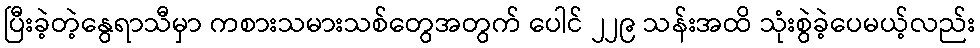
ပြီးခဲ့တဲ့နွေရာသီမှာ ကစားသမားသစ်တွေအတွက် ပေါင် ၂၂၉ သန်းအထိ သုံးစွဲခဲ့ပေမယ့်လည်း